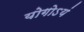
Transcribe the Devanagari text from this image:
योगोऽयं